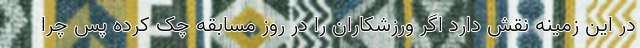
در این زمینه نقش دارد اگر ورزشکاران را در روز مسابقه چک کرده پس چرا